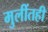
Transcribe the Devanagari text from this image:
मुलींतही